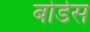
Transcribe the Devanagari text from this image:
बोर्डेस